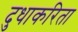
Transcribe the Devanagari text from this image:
दुधाकरिता